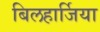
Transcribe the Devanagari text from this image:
बिलहार्जिया